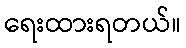
ရေးထားရတယ်။